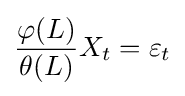
{\frac {\varphi (L)}{\theta (L)}}X_{t}=\varepsilon _{t}